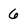
Character: 6